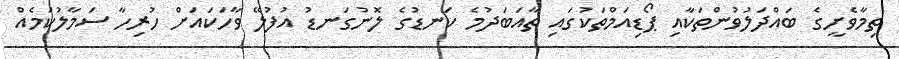
ތިމާވެށީގެ ބައްދަލުވުންތަކާއި ޕޯޑިއަމްތަކުގައި ތާއަބަދުމެ ކަނޑުގެ ލޮނުގަނޑު އުފުލޭ ވާހަކައަށް ހުރިހާ ސަމާލުކަމެއް